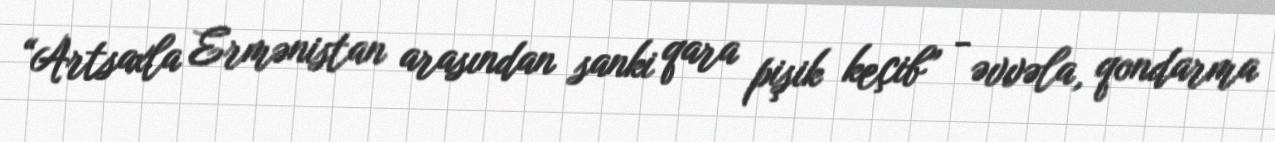
“Artsaxla Ermənistan arasından sanki qara pişik keçib” - əvvəla, qondarma